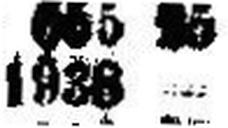
1938 —